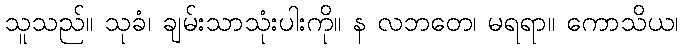
သူသည်။ သုခံ၊ ချမ်းသာသုံးပါးကို။ န လဘတေ၊ မရရာ။ ကောသိယ၊